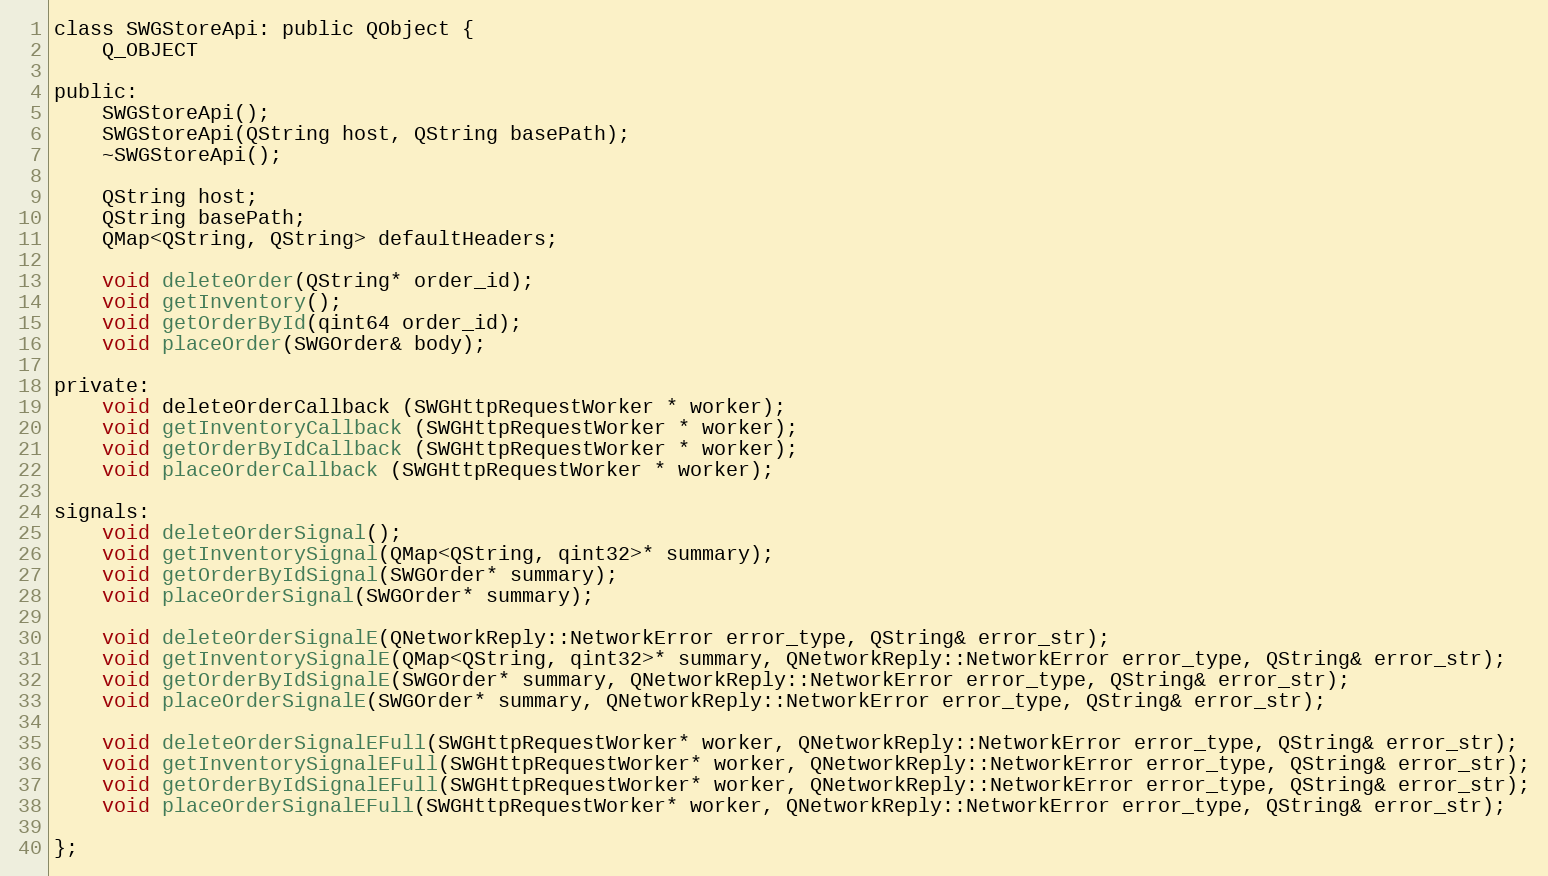
Language: C
class SWGStoreApi: public QObject {
    Q_OBJECT

public:
    SWGStoreApi();
    SWGStoreApi(QString host, QString basePath);
    ~SWGStoreApi();

    QString host;
    QString basePath;
    QMap<QString, QString> defaultHeaders;

    void deleteOrder(QString* order_id);
    void getInventory();
    void getOrderById(qint64 order_id);
    void placeOrder(SWGOrder& body);

private:
    void deleteOrderCallback (SWGHttpRequestWorker * worker);
    void getInventoryCallback (SWGHttpRequestWorker * worker);
    void getOrderByIdCallback (SWGHttpRequestWorker * worker);
    void placeOrderCallback (SWGHttpRequestWorker * worker);

signals:
    void deleteOrderSignal();
    void getInventorySignal(QMap<QString, qint32>* summary);
    void getOrderByIdSignal(SWGOrder* summary);
    void placeOrderSignal(SWGOrder* summary);

    void deleteOrderSignalE(QNetworkReply::NetworkError error_type, QString& error_str);
    void getInventorySignalE(QMap<QString, qint32>* summary, QNetworkReply::NetworkError error_type, QString& error_str);
    void getOrderByIdSignalE(SWGOrder* summary, QNetworkReply::NetworkError error_type, QString& error_str);
    void placeOrderSignalE(SWGOrder* summary, QNetworkReply::NetworkError error_type, QString& error_str);

    void deleteOrderSignalEFull(SWGHttpRequestWorker* worker, QNetworkReply::NetworkError error_type, QString& error_str);
    void getInventorySignalEFull(SWGHttpRequestWorker* worker, QNetworkReply::NetworkError error_type, QString& error_str);
    void getOrderByIdSignalEFull(SWGHttpRequestWorker* worker, QNetworkReply::NetworkError error_type, QString& error_str);
    void placeOrderSignalEFull(SWGHttpRequestWorker* worker, QNetworkReply::NetworkError error_type, QString& error_str);

};